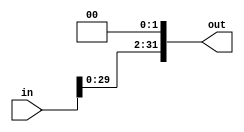
module shiftlefttwice#(parameter width = 32) (in,out);
input [width-1:0]in;
output reg [width-1:0]out;
always @(*) begin
    out=in<<2;
    
end
endmodule